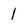
Character: 1